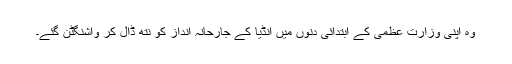
وہ اپنی وزارت ِعظمیٰ کے ابتدائی دنوں میں انڈیا کے جارحانہ انداز کو نتھ ڈال کر واشنگٹن گئے۔